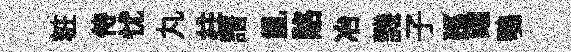
粧侍忧丸柱譜亂賂冶譏子廵躍鶚